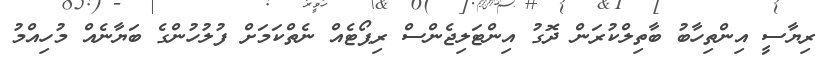
ރިޔާސީ އިންތިހާބު ބާތިލްކުރަން ދޮގު އިންޓަލިޖެންސް ރިޕޯޓެއް ނެތްކަމަށް ފުލުހުންގެ ބަޔާނެއް މުހިއްމު